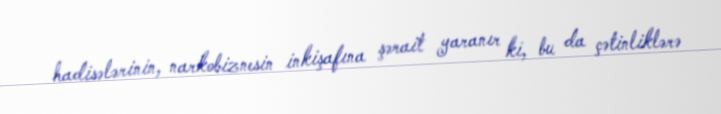
hadisələrinin, narkobiznesin inkişafına şərait yaranır ki, bu da çətinliklərə